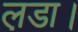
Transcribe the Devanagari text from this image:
ल़डा।